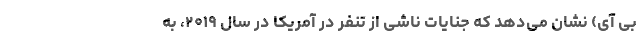
بی آی) نشان می‌دهد که جنایات ناشی از تنفر در آمریکا در سال ۲۰۱۹، به